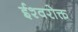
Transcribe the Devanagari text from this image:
ईश्वरोक्त